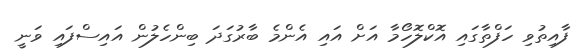
ފާއިތުވި ހަފްތާގައި އޮކްލޮހޯމާ އަށް އައި އެންމެ ބާރުގަދަ ބިންހެލުން އައިސްފައި ވަނީ